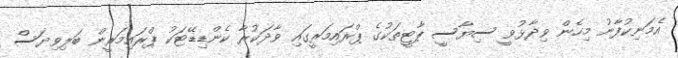
އެމަނިކުފާނު މިހެން ވިދާޅުވީ ސިޔާސީ ޕާޓީތަކުގެ ޕްރައިމަރީގައި ވާދަކުރާ ކެންޑިޑޭޓަކު ޕްރައިމަރީން ބަލިވިޔަސް